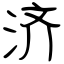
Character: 济